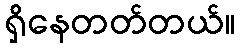
ရှိနေတတ်တယ်။